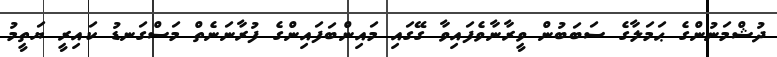
ދުޝްމަނުންގެ ޙަމަލާގެ ސަބަބުން ވީރާނާވެފައިވާ ގޭގައި މައިންބަފައިންގެ ފުރާނަނެތް މަސްގަނޑު ކައިރީ ޔަތީމު